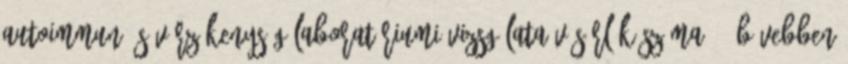
autoimmun és vérzékenység laboratóriumi vizsgálata Vásárlók száma: 1 Bővebben